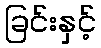
ခြင်းနှင့်